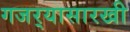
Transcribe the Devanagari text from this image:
गजर्‍यासारखी